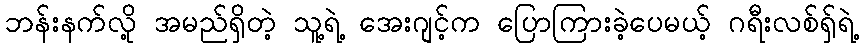
ဘန်းနက်လို့ အမည်ရှိတဲ့ သူ့ရဲ့ အေးဂျင့်က ပြောကြားခဲ့ပေမယ့် ဂရီးလစ်ရှ်ရဲ့